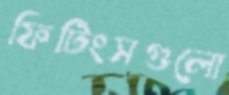
ফিটিংসগুলো